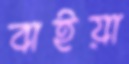
বাইয়া